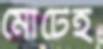
মোটেই